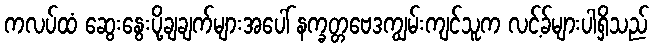
ကလပ်ထံ ဆွေးနွေးပို့ချချက်များအပေါ် နက္ခတ္တဗေဒကျွမ်းကျင်သူက လင့်ခ်များပါရှိသည်